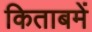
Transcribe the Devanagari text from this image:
किताबमें